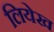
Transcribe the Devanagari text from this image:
लियेख